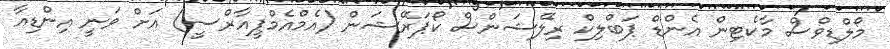
މޯލްޑިވްސް މާކެޓިން އެންޑް ޕަބްލިކް ރިލޭޝަންސް ކޯޕަރޭޝަން (އެމްއެމްޕީއާރްސީ) އަށް ވަނީ އިންޑިއާ